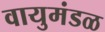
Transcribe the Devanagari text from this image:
वायुमंडळ